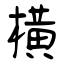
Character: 橫